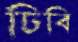
ঢিবি